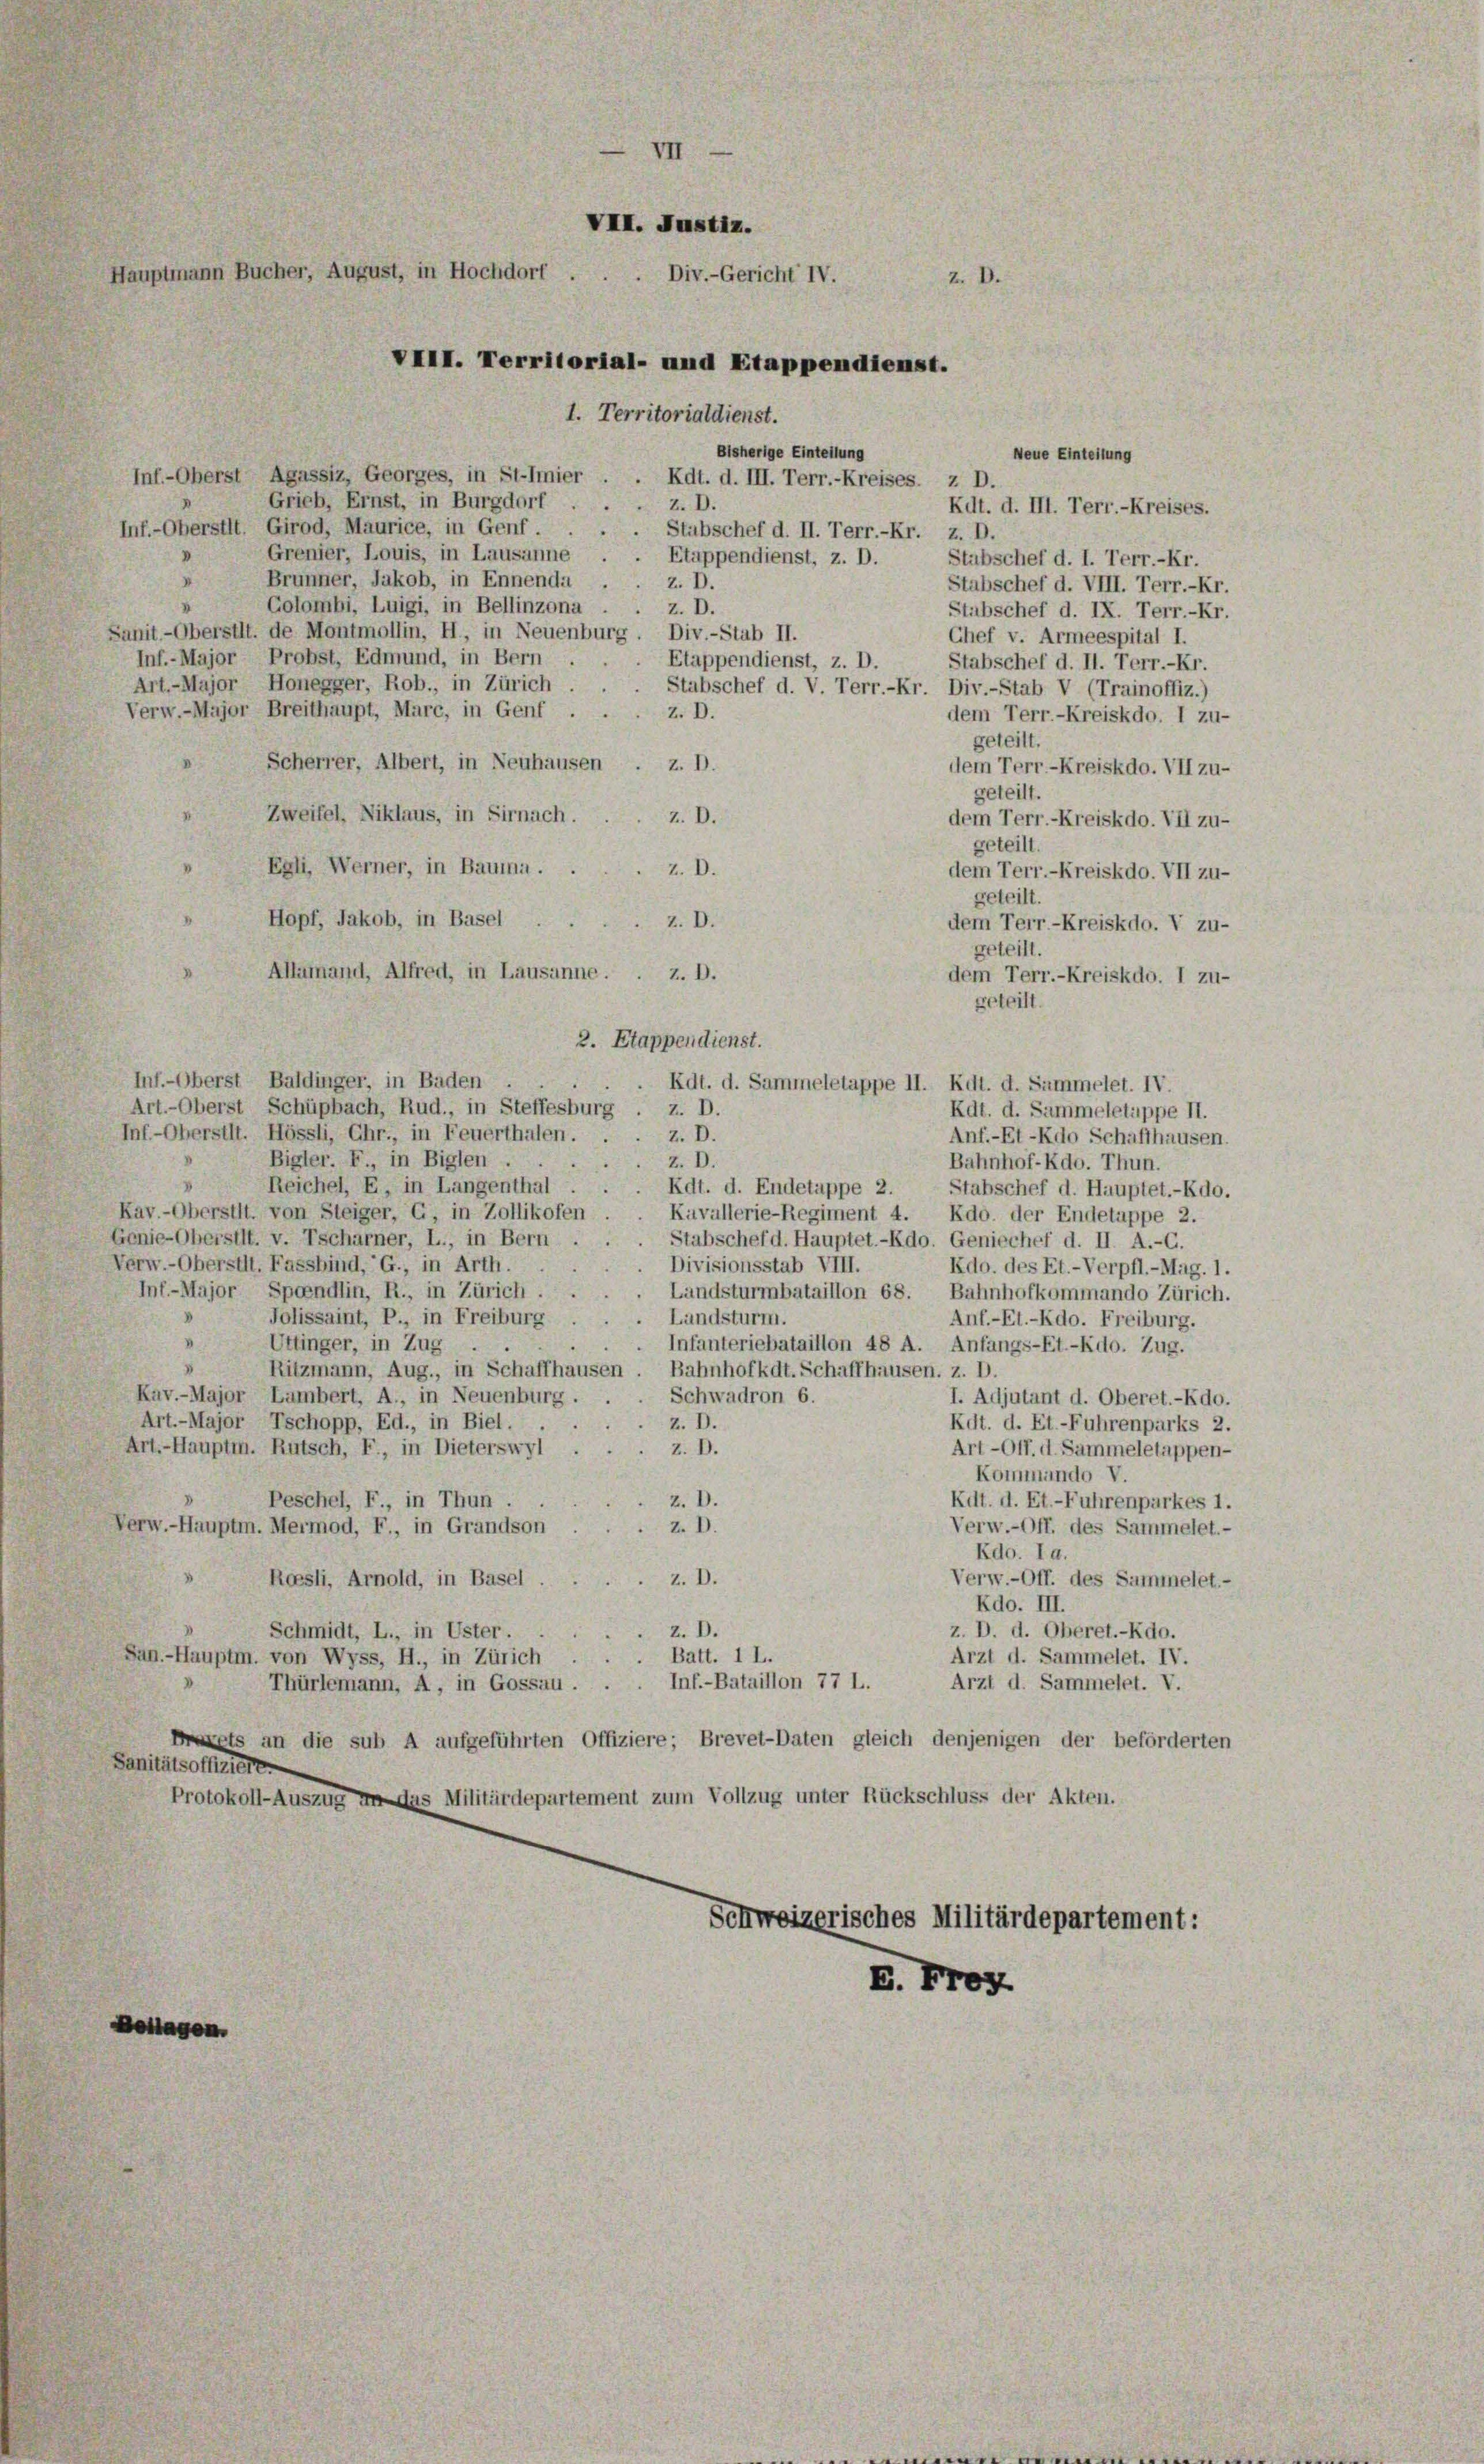
VII. Justiz.
Hauptmann Bucher, August, in Hochdorf
u
Div.-Gericht IV.
VIII. Territorial- und Etappendienst.

1. Territorialdienst.
Bisherige Einteilung
Neue Einteilung
Inf.-Oberst Agassiz, Georges, in St-Imier
Kdt. d. III. Terr.-Kreises. z D.
Grieb, Ernst, in Burgdorf.
Z. D.
Kdt. d. III. Terr.-Kreises.
Inf.-Oberstit. Girod, Maurice, in Genf.
Stabschef d. II. Terr.-Kr. z. D.
Grenier, Louis, in Lausanne . . Etappendienst, z. D.
Stabschef d. 1. Terr.-Kr.
Brunner, Jakob, in Ennenda
z. D.
Stabschef d. VIII. Terr.-Kr.
Golombi, Luigi, in Bellinzona
z. D.
Stabschef d. IX. Terr.-Kr.
Sanit.-Oberstit. de Montmollin, H., in Neuenburg. Div.-Stub II.
Chef v. Armeespital I.
Inf.-Major Probst, Edmund, in Bern
Etappendienst, z. D.
Stabschef d. II. Terr.-Kr.
Art.-Major Honegger, Rob., in Zürich
Stabschef d. V. Terr.-Kr. Div.-Stab V (Trainoffiz.)
Verw.-Major Breithaupt, Marc, in Genf ..
z. D.
dem Terr.-Kreiskdo. I zu-
geteilt.
Scherrer, Albert, in Neuhausen
z. D.
dem Terr.-Kreiskdo. VII zu-
geteilt.
Zweifel, Niklaus, in Sirnach . . . z. D.
dem Terr.-Kreiskdo. VII zu-
geteilt.
Egli, Werner, in Baumaz. D.
dem Terr.-Kreiskdo. VII zu-
geteilt.
Hopf, Jakob, in Basel. z. D.
dem Terr.-Kreiskdo. V zu-
geteilt.
Allemand, Alfred, in Lausanne. . z. D.
dem Terr.-Kreiskdo. I zu-
geteilt.
2. Etappendienst.
Inf.-Oberst Baldinger, in Baden
Kdt. d. Sammeletappe II. Kdt. d. Sammelet. IV.
Art.-Oberst Schüpbach, Rud., in Steffesburg
z. D.
Kdt. d. Sammeletappe II.
Inf-Oberstlt. Hössli, Chr., in Feuerthalen.
z. D.
Anf.-Et-Kdo Schaffhausen.
Bigler. F., in Biglen.
z. D.
Bahnhof-Kdo. Thun.
Reichel, E, in Langenthal
Rdt. d. Endetappe 2. Stabschef d. Hauptet.-Kdo.
Kav.-Oberstit. von Steiger, G, in Zollikofen
Kavallerie-Regiment 4. Kdo. der Endetuppe 2.
Genie-Oberstit. v. Tscharner, I., in Bern,
Stabschef d. Hauptet.-Kdo. Geniechef d. II. A.-G.
Verw.-Oberstit. Fassbind, G., in Arth.
Divisionsstab VIII.
Rdo. des Et.-Verpfl.-Mag. 1.
Inf-Major Spendlin, R., in Zürich.
Landsturmbataillon 68. Bahnhofkommando Zürich.
Landsturm.
Jolissaint, P., in Freiburg
Anf.-El.-Kdo. Freiburg.
.
Uttinger, in Zug .
Infanteriebataillon 48 A. Anfangs-Et.-Rdo. Zug.
3
Ritzmann, Aug., in Schaffhausen. Bahnhofkdt. Schaffhausen, z. D.
Kav.-Major Lambert. A., in Neuenburg.
Schwadron 6.
I. Adjutant d. Oberet.-Kdo.
z. D.
Art.-Major Tschopp, Ed., in Biel. .
Kdt. d. Et.-Fuhrenparks 2.
Art.-Hauptm. Rutsch, F., in Dieterswyl
Art-Off. d. Sammeletappen-
z. D.
Kommando V.
Peschel, F in Thun
z. D.
Kdt. d. Et.-Fuhrenparkes 1.
Z. D.
Verw.-Hauptm. Mermod, F., in Grandson
Verw.-Off. des Sammelet.-
Rdo. I a.
Verw.-Off. des Sammelet.-
Ressli, Arnold, in Basel
Z. D.
Kdo. III.
z. D.
z. D. d. Oberet.-Kdo.
Schmidt, L., in Uster.
Batt. 1 L.
San.-Hauptm. von Wyss, H., in Zürich
Arzt d. Sammelet. IV.
Inf.-Bataillon 77 L.
Arzt d. Sammelet. V.
Thürlemann, A, in Gossau.
Drxets an die sub A aufgeführten Offiziere; Brevet-Daten gleich denjenigen der beförderten
Sanitätsoffiziere
Protokoll-Auszug an das Militärdepartement zum Vollzug unter Rückschluss der Akten.
Schweizerisches Militärdepartement:
E.Froz.
Botlagen.